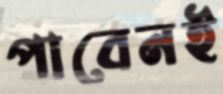
পাবেনই